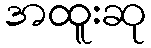
အထူးဆု